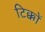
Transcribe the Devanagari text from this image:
टिक्कों